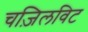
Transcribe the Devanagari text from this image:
चज़िलविट